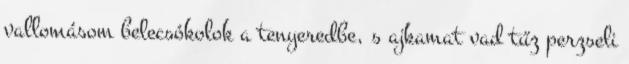
vallomásom belecsókolok a tenyeredbe, s ajkamat vad tűz perzseli